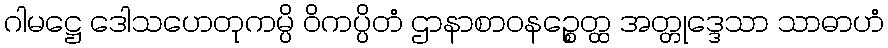
ဂါမဋ္ဌေ ဒေါသဟေတုကမ္ပိ ဝိကပ္ပိတံ ဌာနာစာဝနဉ္စေတ္ထ အတ္တုဒ္ဒေသာ သာဓာဟံ